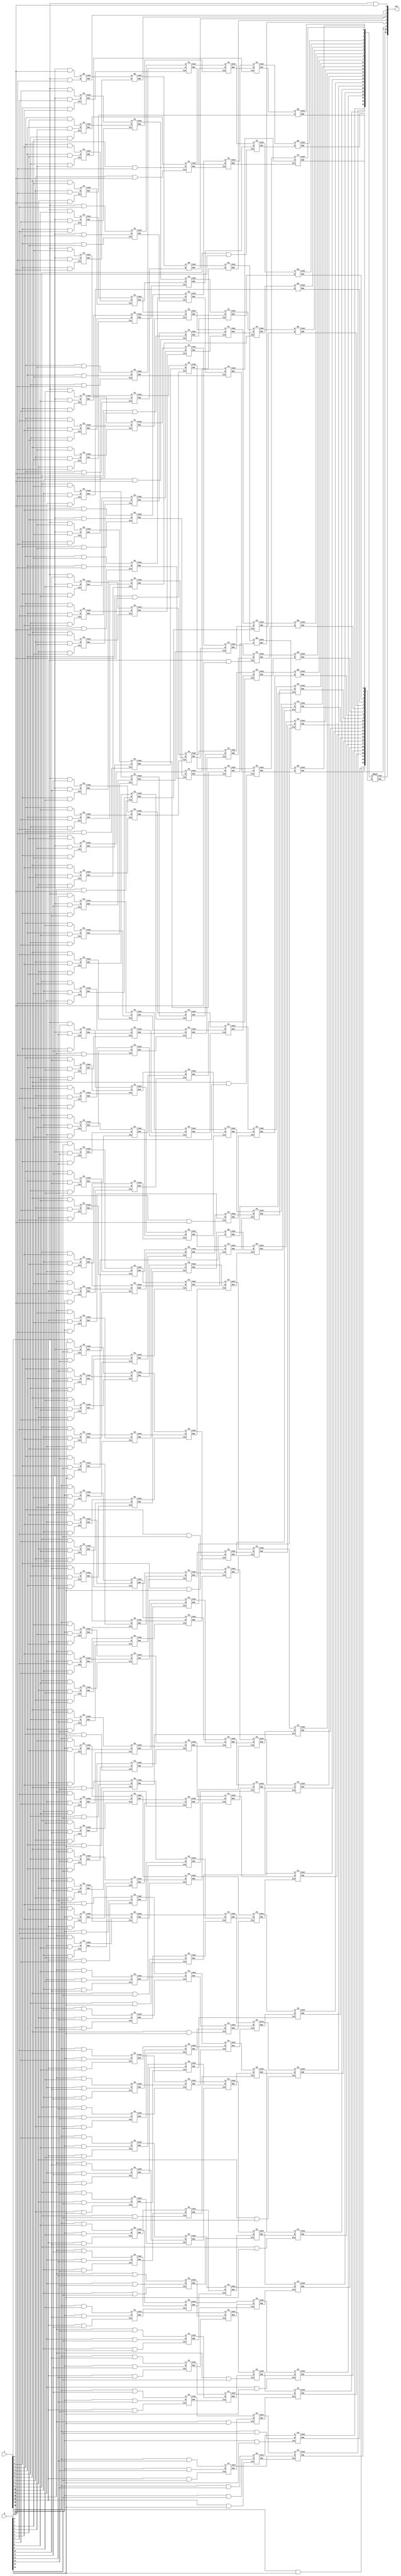
module Wallace (A, B, Mul);

parameter N = 16;
input [N-1:0] A, B;
output [2*N-1:0] Mul;

reg  S1[31:0][N-1:0];
wire S2[31:0][N-1:0];
wire S3[31:0][N-1:0];
wire S4[31:0][N-1:0];
wire S5[31:0][N-1:0];
wire S6[31:0][N-1:0];
wire S7[31:0][N-1:0];
reg  S8[31:0][N-1:0];

integer i,j,k,m;

always @(*)		// Initialize the partial products (Stage 0)
begin
	for(i=0; i<N; i=i+1)
	begin
		
		for(j=0; j<N; j=j+1)
		begin
			S1[i][j] = A[i] & B[j];
		end
	end
end


// Stage 1				// S stage [weight] [row/# of the element]

assign S2[0][0] = S1[0][0];

HA H1(S1[1][0], S1[0][1], S2[1][0], S2[2][0]);

FA f1 (S1[0][2], S1[1][1], S1[2][0], S2[2][1], S2[3][0]);

FA f2 (S1[0][3], S1[1][2], S1[2][1], S2[3][1], S2[4][0]);
assign S2[3][2] = S1[3][0];

FA f3 (S1[0][4], S1[1][3], S1[2][2], S2[4][1], S2[5][0]);
assign S2[4][2] = S1[3][1];
assign S2[4][3] = S1[4][0];

FA f4 (S1[0][5], S1[1][4], S1[2][3], S2[5][1], S2[6][0]);
FA f5 (S1[3][2], S1[4][1], S1[5][0], S2[5][2], S2[6][1]);

FA f6 (S1[0][6], S1[1][5], S1[2][4], S2[6][2], S2[7][0]);
FA f7 (S1[3][3], S1[4][2], S1[5][1], S2[6][3], S2[7][1]);
assign S2[6][4] = S1[6][0];

FA f8 (S1[0][7], S1[1][6], S1[2][5], S2[7][2], S2[8][0]);
FA f9 (S1[3][4], S1[4][3], S1[5][2], S2[7][3], S2[8][1]);
assign S2[7][4] = S1[6][1];
assign S2[7][5] = S1[7][0];

FA f10 (S1[0][8], S1[1][7], S1[2][6], S2[8][2], S2[9][0]);
FA f11 (S1[3][5], S1[4][4], S1[5][3], S2[8][3], S2[9][1]);
FA f12 (S1[6][2], S1[7][1], S1[8][0], S2[8][4], S2[9][2]);

FA f13 (S1[0][9], S1[1][8], S1[2][7], S2[9][3], S2[10][0]);
FA f14 (S1[3][6], S1[4][5], S1[5][4], S2[9][4], S2[10][1]);
FA f15 (S1[6][3], S1[7][2], S1[8][1], S2[9][5], S2[10][2]);
assign S2[9][6] = S1[9][0];

FA f16 (S1[0][10], S1[1][9], S1[2][8], S2[10][3], S2[11][0]);
FA f17 (S1[3][7] , S1[4][6], S1[5][5], S2[10][4], S2[11][1]);
FA f18 (S1[6][4] , S1[7][3], S1[8][2], S2[10][5], S2[11][2]);
assign S2[10][6] = S1[9][1];
assign S2[10][7] = S1[10][0];

FA f19 (S1[0][11], S1[1][10], S1[2][9] , S2[11][3], S2[12][0]);
FA f20 (S1[3][8] , S1[4][7] , S1[5][6] , S2[11][4], S2[12][1]);
FA f21 (S1[6][5] , S1[7][4] , S1[8][3] , S2[11][5], S2[12][2]);
FA f22 (S1[9][2] , S1[10][1], S1[11][0], S2[11][6], S2[12][3]);

FA f23 (S1[0][12], S1[1][11], S1[2][10], S2[12][4], S2[13][0]);
FA f24 (S1[3][9] , S1[4][8] , S1[5][7] , S2[12][5], S2[13][1]);
FA f25 (S1[6][6] , S1[7][5] , S1[8][4] , S2[12][6], S2[13][2]);
FA f26 (S1[9][3] , S1[10][2], S1[11][1], S2[12][7], S2[13][3]);
assign S2[12][8] = S1[12][0];

FA f27 (S1[0][13], S1[1][12], S1[2][11], S2[13][4], S2[14][0]);
FA f28 (S1[3][10], S1[4][9] , S1[5][8] , S2[13][5], S2[14][1]);
FA f29 (S1[6][7] , S1[7][6] , S1[8][5] , S2[13][6], S2[14][2]);
FA f30 (S1[9][4] , S1[10][3], S1[11][2], S2[13][7], S2[14][3]);
assign S2[13][8] = S1[12][1];
assign S2[13][9] = S1[13][0];

FA f31 (S1[0][14], S1[1][13], S1[2][12], S2[14][4], S2[15][0]);
FA f32 (S1[3][11], S1[4][10], S1[5][9] , S2[14][5], S2[15][1]);
FA f33(S1[6][8] , S1[7][7] , S1[8][6] , S2[14][6], S2[15][2]);
FA f34 (S1[9][5] , S1[10][4], S1[11][3], S2[14][7], S2[15][3]);
FA f35 (S1[12][2], S1[13][1], S1[14][0], S2[14][8], S2[15][4]);

FA f36 (S1[0][15], S1[1][14], S1[2][13], S2[15][5], S2[16][0]);
FA f37 (S1[3][12], S1[4][11], S1[5][10], S2[15][6], S2[16][1]);
FA f38 (S1[6][9] , S1[7][8] , S1[8][7] , S2[15][7], S2[16][2]);
FA f39 (S1[9][6] , S1[10][5], S1[11][4], S2[15][8], S2[16][3]);
FA f40 (S1[12][3], S1[13][2], S1[14][1], S2[15][9], S2[16][4]);
assign S2[15][10] = S1[15][0];

FA f41 (S1[15][1], S1[14][2], S1[13][3], S2[16][5], S2[17][0]);
FA f42 (S1[12][4], S1[11][5], S1[10][6], S2[16][6], S2[17][1]);
FA f43 (S1[9][7] , S1[8][8] , S1[7][9] , S2[16][7], S2[17][2]);
FA f44 (S1[6][10], S1[5][11], S1[4][12], S2[16][8], S2[17][3]);
FA f45 (S1[3][13], S1[2][14], S1[1][15], S2[16][9], S2[17][4]);

FA f46 (S1[15][2], S1[14][3], S1[13][4], S2[17][5], S2[18][0]);
FA f47 (S1[12][5], S1[11][6], S1[10][7], S2[17][6], S2[18][1]);
FA f48 (S1[9][8] , S1[8][9] , S1[7][10], S2[17][7], S2[18][2]);
FA f49 (S1[6][11], S1[5][12], S1[4][13], S2[17][8], S2[18][3]);
assign S2[17][9]  = S1[3][14];
assign S2[17][10] = S1[2][15];

FA f50 (S1[15][3], S1[14][4], S1[13][5], S2[18][4], S2[19][0]);
FA f51 (S1[12][6], S1[11][7], S1[10][8], S2[18][5], S2[19][1]);
FA f52 (S1[9][9] , S1[8][10], S1[7][11], S2[18][6], S2[19][2]);
FA f53 (S1[6][12], S1[5][13], S1[4][14], S2[18][7], S2[19][3]);
assign S2[18][8] = S1[3][15];

FA f54 (S1[15][4], S1[14][5], S1[13][6], S2[19][4], S2[20][0]);
FA f55(S1[12][7], S1[11][8], S1[10][9], S2[19][5], S2[20][1]);
FA f56 (S1[9][10], S1[8][11], S1[7][12], S2[19][6], S2[20][2]);
FA f57 (S1[6][13], S1[5][14], S1[4][15], S2[19][7], S2[20][3]);

FA f58 (S1[15][5], S1[14][6], S1[13][7] , S2[20][4], S2[21][0]);
FA f59 (S1[12][8], S1[11][9], S1[10][10], S2[20][5], S2[21][1]);
FA f60 (S1[9][11], S1[8][12], S1[7][13] , S2[20][6], S2[21][2]);
assign S2[20][7] = S1[6][14];
assign S2[20][8] = S1[5][15];

FA f61 (S1[15][6], S1[14][7] , S1[13][8] , S2[21][3], S2[22][0]);
FA f62 (S1[12][9], S1[11][10], S1[10][11], S2[21][4], S2[22][1]);
FA f63 (S1[9][12], S1[8][13] , S1[7][14] , S2[21][5], S2[22][2]);
assign S2[21][6] = S1[6][15];

FA f64 (S1[15][7] , S1[14][8] , S1[13][9] , S2[22][3], S2[23][0]);
FA f65 (S1[12][10], S1[11][11], S1[10][12], S2[22][4], S2[23][1]);
FA f66 (S1[9][13] , S1[8][14] , S1[7][15] , S2[22][5], S2[23][2]);

FA f67 (S1[15][8] , S1[14][9] , S1[13][10], S2[23][3], S2[24][0]);
FA f68 (S1[12][11], S1[11][12], S1[10][13], S2[23][4], S2[24][1]);
assign S2[23][5] = S1[9][14];
assign S2[23][6] = S1[8][15];

FA f69 (S1[15][9] , S1[14][10], S1[13][11], S2[24][2], S2[25][0]);
FA f70 (S1[12][12], S1[11][13], S1[10][14], S2[24][3], S2[25][1]);
assign S2[24][4] = S1[9][15];

FA f71 (S1[15][10], S1[14][11], S1[13][12], S2[25][2], S2[26][0]);
FA f72 (S1[12][13], S1[11][14], S1[10][15], S2[25][3], S2[26][1]);

FA f73 (S1[15][11], S1[14][12], S1[13][13], S2[26][2], S2[27][0]);
assign S2[26][3] = S1[12][14];
assign S2[26][4] = S1[11][15];

FA f74 (S1[15][12], S1[14][13], S1[13][14], S2[27][1], S2[28][0]);
assign S2[27][2] = S1[12][15];

FA f75 (S1[15][13], S1[14][14], S1[13][15], S2[28][1], S2[29][0]);

assign S2[29][1] = S1[15][14];
assign S2[29][2] = S1[14][15];

assign S2[30][0] = S1[15][15];




// Stage 2				// S stage [weight] [row/# of the element]

assign S3[0][0] = S2[0][0];

assign S3[1][0] = S2[1][0];

HA H2 (S2[2][0], S2[2][1], S3[2][0], S3[3][0]);

FA f101 (S2[3][0], S2[3][1], S2[3][2], S3[3][1], S3[4][0]);

FA f102 (S2[4][0], S2[4][1], S2[4][2], S3[4][1], S3[5][0]);
assign S3[4][2] = S2[4][3];

FA f103(S2[5][0], S2[5][1], S2[5][2], S3[5][1], S3[6][0]);

FA f104 (S2[6][0], S2[6][1], S2[6][2], S3[6][1], S3[7][0]);
assign S3[6][2] = S2[6][3];
assign S3[6][3] = S2[6][4];

FA f105 (S2[7][0], S2[7][1], S2[7][2], S3[7][1], S3[8][0]);
FA f106 (S2[7][3], S2[7][4], S2[7][5], S3[7][2], S3[8][1]);

FA f107 (S2[8][0], S2[8][1], S2[8][2], S3[8][2], S3[9][0]);
assign S3[8][3] = S2[8][3];
assign S3[8][4] = S2[8][4];

FA f108 (S2[9][0], S2[9][1], S2[9][2], S3[9][1], S3[10][0]);
FA f109 (S2[9][3], S2[9][4], S2[9][5], S3[9][2], S3[10][1]);
assign S3[9][3] = S2[9][6]; 

FA f110 (S2[10][0], S2[10][1], S2[10][2], S3[10][2], S3[11][0]);
FA f111 (S2[10][3], S2[10][4], S2[10][5], S3[10][3], S3[11][1]);
assign S3[10][4] = S2[10][6];
assign S3[10][5] = S2[10][7];

FA f112 (S2[11][0], S2[11][1], S2[11][2], S3[11][2], S3[12][0]);
FA f113(S2[11][3], S2[11][4], S2[11][5], S3[11][3], S3[12][1]);
assign S3[11][4] = S2[11][6];

FA f114 (S2[12][0], S2[12][1], S2[12][2], S3[12][2], S3[13][0]);
FA f115 (S2[12][3], S2[12][4], S2[12][5], S3[12][3], S3[13][1]);
FA f116 (S2[12][6], S2[12][7], S2[12][8], S3[12][4], S3[13][2]);

FA f117 (S2[13][0], S2[13][1], S2[13][2], S3[13][3], S3[14][0]);
FA f118 (S2[13][3], S2[13][4], S2[13][5], S3[13][4], S3[14][1]);
FA f119 (S2[13][6], S2[13][7], S2[13][8], S3[13][5], S3[14][2]);
assign S3[13][6] = S2[13][9];

FA f120 (S2[14][0], S2[14][1], S2[14][2], S3[14][3], S3[15][0]);
FA f121 (S2[14][3], S2[14][4], S2[14][5], S3[14][4], S3[15][1]);
FA f122 (S2[14][6], S2[14][7], S2[14][8], S3[14][5], S3[15][2]);

FA f123 (S2[15][0], S2[15][1], S2[15][2], S3[15][3], S3[16][0]);
FA f124 (S2[15][3], S2[15][4], S2[15][5], S3[15][4], S3[16][1]);
FA f125 (S2[15][6], S2[15][7], S2[15][8], S3[15][5], S3[16][2]);
assign S3[15][6] = S2[15][9] ;
assign S3[15][7] = S2[15][10];

FA f126 (S2[16][0], S2[16][1], S2[16][2], S3[16][3], S3[17][0]);
FA f127 (S2[16][3], S2[16][4], S2[16][5], S3[16][4], S3[17][1]);
FA f128 (S2[16][6], S2[16][7], S2[16][8], S3[16][5], S3[17][2]);
assign S3[16][6] = S2[16][9] ;

FA f129 (S2[17][0], S2[17][1], S2[17][2], S3[17][3], S3[18][0]);
FA f130 (S2[17][3], S2[17][4], S2[17][5], S3[17][4], S3[18][1]);
FA f131 (S2[17][6], S2[17][7], S2[17][8], S3[17][5], S3[18][2]);
assign S3[17][6] = S2[17][9] ;
assign S3[17][7] = S2[17][10];

FA f132 (S2[18][0], S2[18][1], S2[18][2], S3[18][3], S3[19][0]);
FA f133 (S2[18][3], S2[18][4], S2[18][5], S3[18][4], S3[19][1]);
FA f134 (S2[18][6], S2[18][7], S2[18][8], S3[18][5], S3[19][2]);

FA f135 (S2[19][0], S2[19][1], S2[19][2], S3[19][3], S3[20][0]);
FA f136 (S2[19][3], S2[19][4], S2[19][5], S3[19][4], S3[20][1]);
assign S3[19][5] = S2[19][6];
assign S3[19][6] = S2[19][7];

FA f137 (S2[20][0], S2[20][1], S2[20][2], S3[20][2], S3[21][0]);
FA f138 (S2[20][3], S2[20][4], S2[20][5], S3[20][3], S3[21][1]);
FA f139 (S2[20][6], S2[20][7], S2[20][8], S3[20][4], S3[21][2]);

FA f140 (S2[21][0], S2[21][1], S2[21][2], S3[21][3], S3[22][0]);
FA f141 (S2[21][3], S2[21][4], S2[21][5], S3[21][4], S3[22][1]);
assign S3[21][5] = S2[21][6];

FA f142 (S2[22][0], S2[22][1], S2[22][2], S3[22][2], S3[23][0]);
FA f143 (S2[22][3], S2[22][4], S2[22][5], S3[22][3], S3[23][1]);

FA f144 (S2[23][0], S2[23][1], S2[23][2], S3[23][2], S3[24][0]);
FA f145 (S2[23][3], S2[23][4], S2[23][5], S3[23][3], S3[24][1]);
assign S3[23][4] = S2[23][6];

FA f146 (S2[24][0], S2[24][1], S2[24][2], S3[24][2], S3[25][0]);
assign S3[24][3] = S2[24][3];
assign S3[24][4] = S2[24][4];

FA f147 (S2[25][0], S2[25][1], S2[25][2], S3[25][1], S3[26][0]);
assign S3[25][2] = S2[25][3];

FA f148 (S2[26][0], S2[26][1], S2[26][2], S3[26][1], S3[27][0]);
assign S3[26][2] = S2[26][3];
assign S3[26][3] = S2[26][4];

FA f149 (S2[27][0], S2[27][1], S2[27][2], S3[27][1], S3[28][0]);

assign S3[28][1] = S2[28][0];
assign S3[28][2] = S2[28][1];

FA f150 (S2[29][0], S2[29][1], S2[29][2], S3[29][0], S3[30][0]);

assign S3[30][1] = S2[30][0];




// Stage 3				// S stage [weight] [row/# of the element]

assign S4[0][0] = S3[0][0];

assign S4[1][0] = S3[1][0];

assign S4[2][0] = S3[2][0];

HA H3 (S3[3][0], S3[3][1], S4[3][0], S4[4][0]);

FA f201 (S3[4][0], S3[4][1], S3[4][2], S4[4][1], S4[5][0]);

assign S4[5][1] = S3[5][0];
assign S4[5][2] = S3[5][1];

FA f202 (S3[6][0], S3[6][1], S3[6][2], S4[6][0], S4[7][0]);
assign S4[6][1] = S3[6][3];

FA f203 (S3[7][0], S3[7][1], S3[7][2], S4[7][1], S4[8][0]);

FA f204 (S3[8][0], S3[8][1], S3[8][2], S4[8][1], S4[9][0]);
assign S4[8][2] = S3[8][3];
assign S4[8][3] = S3[8][4];

FA f205 (S3[9][0], S3[9][1], S3[9][2], S4[9][1], S4[10][0]);
assign S4[9][2] = S3[9][3];

FA f206 (S3[10][0], S3[10][1], S3[10][2], S4[10][1], S4[11][0]);
FA f207 (S3[10][3], S3[10][4], S3[10][5], S4[10][2], S4[11][1]);

FA f208 (S3[11][0], S3[11][1], S3[11][2], S4[11][2], S4[12][0]);
assign S4[11][3] = S3[11][3];
assign S4[11][4] = S3[11][4];

FA f209 (S3[12][0], S3[12][1], S3[12][2], S4[12][1], S4[13][0]);
assign S4[12][2] = S3[12][3];
assign S4[12][3] = S3[12][4];

FA f210 (S3[13][0], S3[13][1], S3[13][2], S4[13][1], S4[14][0]);
FA f211 (S3[13][3], S3[13][4], S3[13][5], S4[13][2], S4[14][1]);
assign S4[13][3] = S3[13][6];

FA f212 (S3[14][0], S3[14][1], S3[14][2], S4[14][2], S4[15][0]);
FA f213 (S3[14][3], S3[14][4], S3[14][5], S4[14][3], S4[15][1]);

FA f214 (S3[15][0], S3[15][1], S3[15][2], S4[15][2], S4[16][0]);
FA f215 (S3[15][3], S3[15][4], S3[15][5], S4[15][3], S4[16][1]);
assign S4[15][4] = S3[15][6];
assign S4[15][5] = S3[15][7];

FA f216 (S3[16][0], S3[16][1], S3[16][2], S4[16][2], S4[17][0]);
FA f217 (S3[16][3], S3[16][4], S3[16][5], S4[16][3], S4[17][1]);
assign S4[16][4] = S3[16][6];

FA f218 (S3[17][0], S3[17][1], S3[17][2], S4[17][2], S4[18][0]);
FA f219 (S3[17][3], S3[17][4], S3[17][5], S4[17][3], S4[18][1]);
assign S4[17][4] = S3[17][6];
assign S4[17][5] = S3[17][7];

FA f220 (S3[18][0], S3[18][1], S3[18][2], S4[18][2], S4[19][0]);
FA f221 (S3[18][3], S3[18][4], S3[18][5], S4[18][3], S4[19][1]);

FA f222 (S3[19][0], S3[19][1], S3[19][2], S4[19][2], S4[20][0]);
FA f223 (S3[19][3], S3[19][4], S3[19][5], S4[19][3], S4[20][1]);
assign S4[19][4] = S3[19][6];

FA f224 (S3[20][0], S3[20][1], S3[20][2], S4[20][2], S4[21][0]);
assign S4[20][3] = S3[20][3];
assign S4[20][4] = S3[20][4];

FA f225 (S3[21][0], S3[21][1], S3[21][2], S4[21][1], S4[22][0]);
FA f226 (S3[21][3], S3[21][4], S3[21][5], S4[21][2], S4[22][1]);

FA f227 (S3[22][0], S3[22][1], S3[22][2], S4[22][2], S4[23][0]);
assign S4[22][3] = S3[22][3];

FA f228 (S3[23][0], S3[23][1], S3[23][2], S4[23][1], S4[24][0]);
assign S4[23][2] = S3[23][3];
assign S4[23][3] = S3[23][4];

FA f229 (S3[24][0], S3[24][1], S3[24][2], S4[24][1], S4[25][0]);
assign S4[24][2] = S3[24][3];
assign S4[24][3] = S3[24][4];

FA f230 (S3[25][0], S3[25][1], S3[25][2], S4[25][1], S4[26][0]);

FA f231 (S3[26][0], S3[26][1], S3[26][2], S4[26][1], S4[27][0]);
assign S4[26][2] = S3[26][3];

assign S4[27][1] = S3[27][0];
assign S4[27][2] = S3[27][1];

FA f232 (S3[28][0], S3[28][1], S3[28][2], S4[28][0], S4[29][0]);

assign S4[29][1] = S3[29][0];

assign S4[30][0] = S3[30][0];
assign S4[30][1] = S3[30][1];



// Stage 4				// S stage [weight] [row/# of the element]

assign S5[0][0] = S4[0][0];

assign S5[1][0] = S4[1][0];

assign S5[2][0] = S4[2][0];

assign S5[3][0] = S4[3][0];

HA H4 (S4[4][0], S4[4][1], S5[4][0], S5[5][0]);

FA f301 (S4[5][0], S4[5][1], S4[5][2], S5[5][1], S5[6][0]);

assign S5[6][1] = S4[6][0];
assign S5[6][2] = S4[6][1];

assign S5[7][0] = S4[7][0];
assign S5[7][1] = S4[7][1];

FA f302 (S4[8][0], S4[8][1], S4[8][2], S5[8][0], S5[9][0]);
assign S5[8][1] = S4[8][3];

FA f303 (S4[9][0], S4[9][1], S4[9][2], S5[9][1], S5[10][0]);

FA f304 (S4[10][0], S4[10][1], S4[10][2], S5[10][1], S5[11][0]);

FA f305 (S4[11][0], S4[11][1], S4[11][2], S5[11][1], S5[12][0]);
assign S5[11][2] = S4[11][3];
assign S5[11][3] = S4[11][4];

FA f306 (S4[12][0], S4[12][1], S4[12][2], S5[12][1], S5[13][0]);
assign S5[12][2] = S4[12][3];

FA f307 (S4[13][0], S4[13][1], S4[13][2], S5[13][1], S5[14][0]);
assign S5[13][2] = S4[13][3];

FA f308 (S4[14][0], S4[14][1], S4[14][2], S5[14][1], S5[15][0]);
assign S5[14][2] = S4[14][3];

FA f309 (S4[15][0], S4[15][1], S4[15][2], S5[15][1], S5[16][0]);
FA f310 (S4[15][3], S4[15][4], S4[15][5], S5[15][2], S5[16][1]);

FA f311 (S4[16][0], S4[16][1], S4[16][2], S5[16][2], S5[17][0]);
HA H5 (S4[16][3], S4[16][4], S5[16][3], S5[17][1]);

FA f312 (S4[17][0], S4[17][1], S4[17][2], S5[17][2], S5[18][0]);
FA f313 (S4[17][3], S4[17][4], S4[17][5], S5[17][3], S5[18][1]);

FA f314 (S4[18][0], S4[18][1], S4[18][2], S5[18][2], S5[19][0]);
assign S5[18][3] = S4[18][3];

FA f315 (S4[19][0], S4[19][1], S4[19][2], S5[19][1], S5[20][0]);
assign S5[19][2] = S4[19][3];
assign S5[19][3] = S4[19][4];

FA f316 (S4[20][0], S4[20][1], S4[20][2], S5[20][1], S5[21][0]);
assign S5[20][2] = S4[20][3];
assign S5[20][3] = S4[20][4];

FA f317 (S4[21][0], S4[21][1], S4[21][2], S5[21][1], S5[22][0]);

FA f318 (S4[22][0], S4[22][1], S4[22][2], S5[22][1], S5[23][0]);
assign S5[22][2] = S4[22][3];

FA f319 (S4[23][0], S4[23][1], S4[23][2], S5[23][1], S5[24][0]);
assign S5[23][2] = S4[23][3];

FA f320 (S4[24][0], S4[24][1], S4[24][2], S5[24][1], S5[25][0]);
assign S5[24][2] = S4[24][3];

assign S5[25][1] = S4[25][0];
assign S5[25][2] = S4[25][1];

FA f321 (S4[26][0], S4[26][1], S4[26][2], S5[26][0], S5[27][0]);

FA f322 (S4[27][0], S4[27][1], S4[27][2], S5[27][1], S5[28][0]);

assign S5[28][1] = S4[28][0];

assign S5[29][0] = S4[29][0];
assign S5[29][1] = S4[29][1];

assign S5[30][0] = S4[30][0];
assign S5[30][1] = S4[30][1];



// Stage 5				// S stage [weight] [row/# of the element]

assign S6[0][0] = S5[0][0];

assign S6[1][0] = S5[1][0];

assign S6[2][0] = S5[2][0];

assign S6[3][0] = S5[3][0];

assign S6[4][0] = S5[4][0];

HA H15 (S5[5][0], S5[5][1], S6[5][0], S6[6][0]);

FA f401 (S5[6][0], S5[6][1], S5[6][2], S6[6][1], S6[7][0]);

assign S6[7][1] = S5[7][0];
assign S6[7][2] = S5[7][1];

assign S6[8][0] = S5[8][0];
assign S6[8][1] = S5[8][1];

assign S6[9][0] = S5[9][0];
assign S6[9][1] = S5[9][1];

assign S6[10][0] = S5[10][0];
assign S6[10][1] = S5[10][1];

FA f402 (S5[11][0], S5[11][1], S5[11][2], S6[11][0], S6[12][0]);
assign S6[11][1] = S5[11][3];

FA f403 (S5[12][0], S5[12][1], S5[12][2], S6[12][1], S6[13][0]);

FA f404 (S5[13][0], S5[13][1], S5[13][2], S6[13][1], S6[14][0]);

FA f405 (S5[14][0], S5[14][1], S5[14][2], S6[14][1], S6[15][0]);

FA f406 (S5[15][0], S5[15][1], S5[15][2], S6[15][1], S6[16][0]);

FA f407 (S5[16][0], S5[16][1], S5[16][2], S6[16][1], S6[17][0]);
assign S6[16][2] = S5[16][3];

FA f408 (S5[17][0], S5[17][1], S5[17][2], S6[17][1], S6[18][0]);
assign S6[17][2] = S5[17][3];

FA f409 (S5[18][0], S5[18][1], S5[18][2], S6[18][1], S6[19][0]);
assign S6[18][2] = S5[18][3];

FA f410 (S5[19][0], S5[19][1], S5[19][2], S6[19][1], S6[20][0]);
assign S6[19][2] = S5[19][3];

FA f411 (S5[20][0], S5[20][1], S5[20][2], S6[20][1], S6[21][0]);
assign S6[20][2] = S5[20][3];

assign S6[21][1] = S5[21][0];
assign S6[21][2] = S5[21][1];

FA f412 (S5[22][0], S5[22][1], S5[22][2], S6[22][0], S6[23][0]);

FA f413 (S5[23][0], S5[23][1], S5[23][2], S6[23][1], S6[24][0]);

FA f414 (S5[24][0], S5[24][1], S5[24][2], S6[24][1], S6[25][0]);

FA f415 (S5[25][0], S5[25][1], S5[25][2], S6[25][1], S6[26][0]);

assign S6[26][1] = S5[26][0];

assign S6[27][0] = S5[27][0];
assign S6[27][1] = S5[27][1];

assign S6[28][0] = S5[28][0];
assign S6[28][1] = S5[28][1];

assign S6[29][0] = S5[29][0];
assign S6[29][1] = S5[29][1];

assign S6[30][0] = S5[30][0];
assign S6[30][1] = S5[30][1];



// Stage 5				// S stage [weight] [row/# of the element]

assign S7[0][0] = S6[0][0];

assign S7[1][0] = S6[1][0];

assign S7[2][0] = S6[2][0];

assign S7[3][0] = S6[3][0];

assign S7[4][0] = S6[4][0];

assign S7[5][0] = S6[5][0];

HA H6 (S6[6][0], S6[6][1], S7[6][0], S7[7][0]);

FA f501 (S6[7][0], S6[7][1], S6[7][2], S7[7][1], S7[8][0]);

HA H7 (S6[8][0], S6[8][1], S7[8][1], S7[9][0]);

HA H8 (S6[9][0], S6[9][1], S7[9][1], S7[10][0]);

HA H9 (S6[10][0], S6[10][1], S7[10][1], S7[11][0]);

HA H10 (S6[11][0], S6[11][1], S7[11][1], S7[12][0]);

HA H11 (S6[12][0], S6[12][1], S7[12][1], S7[13][0]);

HA H12 (S6[13][0], S6[13][1], S7[13][1], S7[14][0]);

HA H13 (S6[14][0], S6[14][1], S7[14][1], S7[15][0]);

HA H14 (S6[15][0], S6[15][1], S7[15][1], S7[16][0]);

FA f502 (S6[16][0], S6[16][1], S6[16][2], S7[16][1], S7[17][0]);

FA f503 (S6[17][0], S6[17][1], S6[17][2], S7[17][1], S7[18][0]);

FA f504 (S6[18][0], S6[18][1], S6[18][2], S7[18][1], S7[19][0]);

FA f505 (S6[19][0], S6[19][1], S6[19][2], S7[19][1], S7[20][0]);

FA f506 (S6[20][0], S6[20][1], S6[20][2], S7[20][1], S7[21][0]);

FA f507 (S6[21][0], S6[21][1], S6[21][2], S7[21][1], S7[22][0]);

assign S7[22][1] = S6[22][0];

assign S7[23][0] = S6[23][0];
assign S7[23][1] = S6[23][1];

assign S7[24][0] = S6[24][0];
assign S7[24][1] = S6[24][1];

assign S7[25][0] = S6[25][0];
assign S7[25][1] = S6[25][1];

assign S7[26][0] = S6[26][0];
assign S7[26][1] = S6[26][1];

assign S7[27][0] = S6[27][0];
assign S7[27][1] = S6[27][1];

assign S7[28][0] = S6[28][0];
assign S7[28][1] = S6[28][1];

assign S7[29][0] = S6[29][0];
assign S7[29][1] = S6[29][1];

assign S7[30][0] = S6[30][0];
assign S7[30][1] = S6[30][1];



// Stage 6				// S stage [weight] [row/# of the element]


// assign S8[0][0] = S7[0][0];

// assign S8[1][0] = S7[1][0];

// assign S8[2][0] = S7[2][0];

// assign S8[3][0] = S7[3][0];

// assign S8[4][0] = S7[4][0];

// assign S8[5][0] = S7[5][0];

// assign S8[6][0] = S7[6][0];


always @(*)
begin
	for (k=0;k<7;k=k+1)
		S8[k][0] = S7[k][0];
end



// assign S8[7][0] = S7[7][0];
// assign S8[7][1] = S7[7][1];

always @(*) begin
	for (m=7;m<31;m=m+1)
	begin
		S8[m][0] = S7[m][0];
		S8[m][1] = S7[m][1];
	end
end


assign Mul[6:0] = {S8[6][0], S8[5][0], S8[4][0], S8[3][0], S8[2][0], S8[1][0], S8[0][0]};
// 24-bit Ripple Carry Adder

RCA24 RC0 ({S8[30][0], S8[29][0], S8[28][0], S8[27][0], S8[26][0], S8[25][0], S8[24][0], S8[23][0], S8[22][0], S8[21][0], S8[20][0], S8[19][0], S8[18][0], S8[17][0], S8[16][0], S8[15][0], S8[14][0], S8[13][0], S8[12][0], S8[11][0], S8[10][0], S8[9][0], S8[8][0], S8[7][0]}, {S8[30][1], S8[29][1], S8[28][1], S8[27][1], S8[26][1], S8[25][1], S8[24][1], S8[23][1], S8[22][1], S8[21][1], S8[20][1], S8[19][1], S8[18][1], S8[17][1], S8[16][1], S8[15][1], S8[14][1], S8[13][1], S8[12][1], S8[11][1], S8[10][1], S8[9][1], S8[8][1], S8[7][1]}, Mul[30:7], Mul[31]);


endmodule


// 24-bit RCA

module RCA24 (A, B, Sum, Cout);
input [23:0] A, B;
output [23:0] Sum;
output Cout;
wire C;

RCA12 R1 (A[11:0] , B[11:0] , 1'b0, Sum[11:0] , C);
RCA12 R2 (A[23:12], B[23:12], C,    Sum[23:12], Cout);

endmodule

module RCA12 (A, B, Cin, Sum, Cout);
input [11:0] A, B;
input Cin;
output Cout;
output [11:0] Sum;

wire [10:0] C;

FA H959 (A[0], B[0], Cin , Sum[0], C[0]);
FA F960 (A[1], B[1], C[0], Sum[1], C[1]);
FA F961 (A[2], B[2], C[1], Sum[2], C[2]);
FA F962 (A[3], B[3], C[2], Sum[3], C[3]);
FA F963 (A[4], B[4], C[3], Sum[4], C[4]);
FA F964 (A[5], B[5], C[4], Sum[5], C[5]);
FA F965 (A[6], B[6], C[5], Sum[6], C[6]);
FA F966 (A[7], B[7], C[6], Sum[7], C[7]);
FA F967 (A[8], B[8], C[7], Sum[8], C[8]);
FA F968 (A[9], B[9], C[8], Sum[9], C[9]);

FA F969 (A[10], B[10], C[9] , Sum[10], C[10]);
FA F970 (A[11], B[11], C[10], Sum[11], Cout );
endmodule



// Half_Adder

module HA (A, B, Sum, Cout);
input A, B;
output Sum, Cout;

assign Sum = A ^ B;
assign Cout = A & B;

endmodule


// Full_Adder

module FA(A, B, Cin, Sum, Cout);
input A, B, Cin;
output Sum, Cout;

assign Sum = A ^ B ^ Cin;
assign Cout = ((A ^ B) & Cin) | (A & B);

endmodule